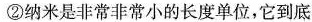
②纳米是非常非常小的长度单位，它到底